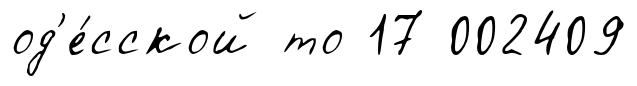
од'е́сской то 17 002409